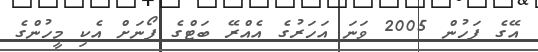
އޭގެ ފަހުން 2005 ވަނަ އަހަރުގެ އެއްރޭ ބަޓްގެ ފޯނަށް އެކި މީހުންގެ